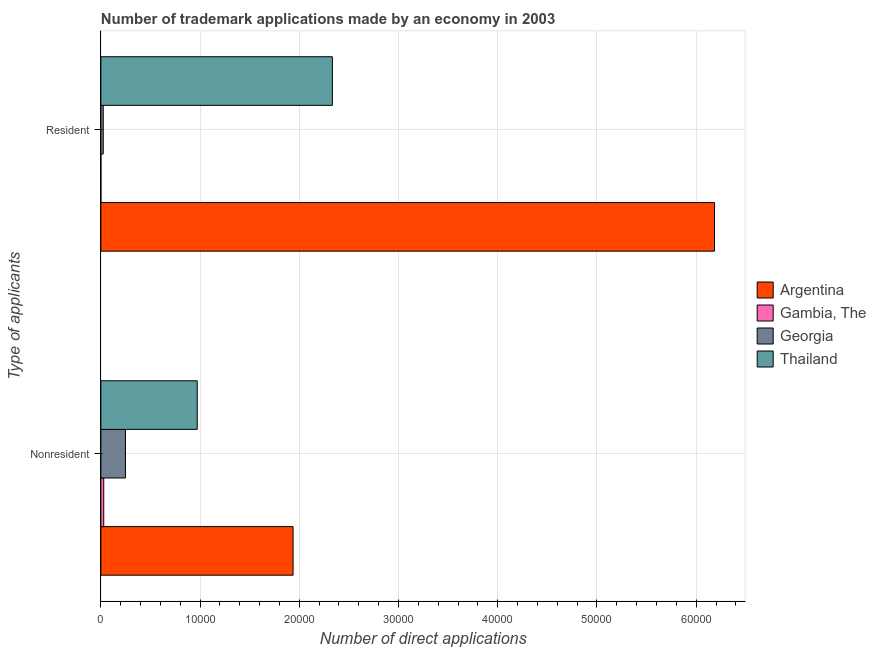
| Type of applicants | Argentina | Gambia, The | Georgia | Thailand |
 | --- | --- | --- | --- | --- |
 | Nonresident | 1.94e+04 | 291 | 2.48e+03 | 9.71e+03 |
 | Resident | 6.18e+04 | 7 | 241 | 2.33e+04 |